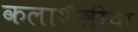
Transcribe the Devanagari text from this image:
कलाशैलीचा